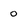
Character: 0